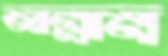
জান্নাম